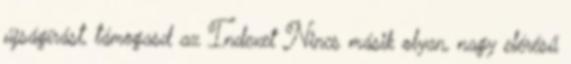
újságírást, támogasd az Indexet Nincs másik olyan, nagy elérésű